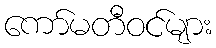
ကော်မတီဝင်များ